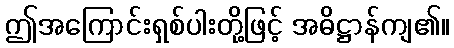
ဤအကြောင်းရှစ်ပါးတို့ဖြင့် အဓိဋ္ဌာန်ကျ၏။